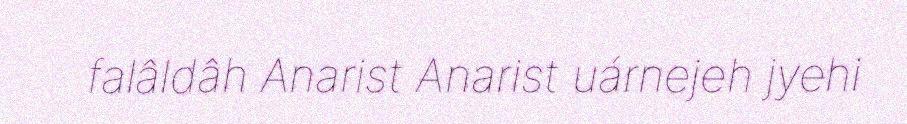
falâldâh Anarist Anarist uárnejeh jyehi